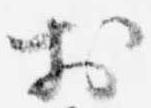
於